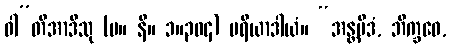
ဝါ”တိအာဒီသု (မ။ နိ။ ၁။၃၀၄) မရိယာဒါယံ။ “အန္တမိဒံ, ဘိက္ခဝေ,